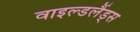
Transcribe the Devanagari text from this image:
वाइल्डलैंड्स